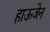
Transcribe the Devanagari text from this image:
हाऊजेन